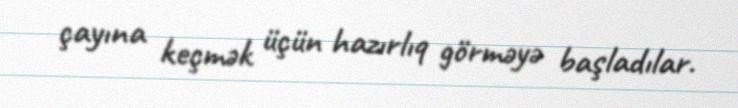
çayına keçmək üçün hazırlıq görməyə başladılar.